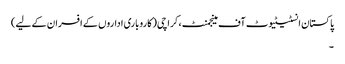
پاکستان انسٹیٹیوٹ آف مینجمنٹ، کراچی(کاروباری اداروں کے افسران کے لیے)
۔